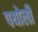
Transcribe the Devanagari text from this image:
पथोली